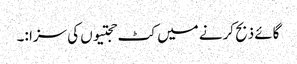
گائے ذبح کرنے میں کٹ حجتیوں کی سزا :۔